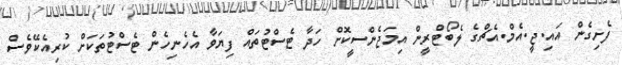
ފެށިގެން އައި.ޖީ.އެމް.އެޗްގެ ލެބޯޓްރީން އިމަޖެންސީކޮށް ހަދާ ޓެސްޓުތައް ފިޔަވާ އެހެނިހެން ޓެސްޓުތަކަށް ކުރިއެކޭވެސް